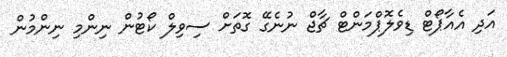
އަދި އެއާޕޯޓް ޑިވެލޮޕްމަންޓް ޗާޖް ނުނެގޭ ގޮތަށް ސިވިލް ކޯޓުން ނިންމި ނިންމުން